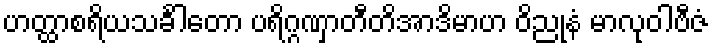
ဟတ္ထာစရိယသင်္ခါတော ပရိဂ္ဂဏှာတီတိအာဒိမာဟ ဝိညုနံ မာလုဝါဗီဇံ